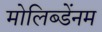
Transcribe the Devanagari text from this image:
मोलिब्डेंनम